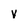
Character: v